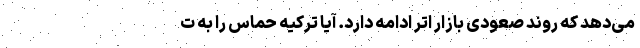
می‌دهد که روند صعودی بازار اتر ادامه دارد. آیا ترکیه حماس را به ت